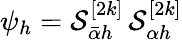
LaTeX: \psi_{h}=\mathcal{S}_{\bar{\alpha}h}^{[2k]}\, \mathcal{S}_{\alpha h}^{[2k]}